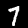
Label: 7